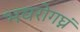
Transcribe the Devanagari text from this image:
भवरोगघ्नं